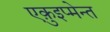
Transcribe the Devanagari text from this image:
एक़ुइप्मेन्त